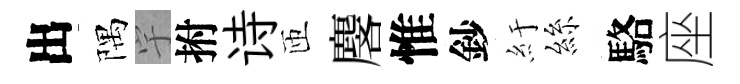
出隅宇拊诗匝麐惟鈔紆絲駱座